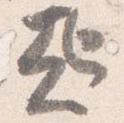
起